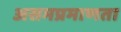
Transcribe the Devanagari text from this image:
असमप्रमाणता